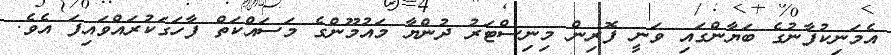
އެމަނިިކުފާނުގެ ބަޔާންގައި ވަނީ ފޮރިން މިނިސްޓަރު ދުންޔާ މައުމޫންގެ މަސައްކަތް ފާހަގަކުރައްވައިފަ އެވެ.